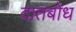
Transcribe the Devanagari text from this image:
दातबोध